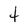
Character: t